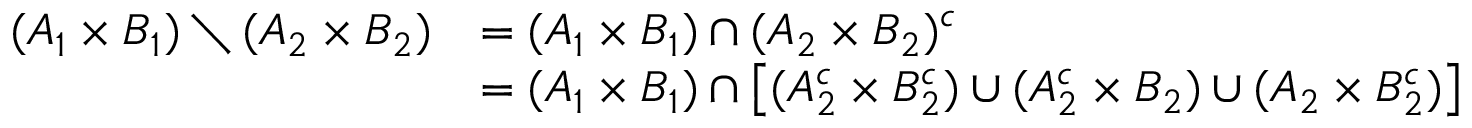
\begin{array} { r l } { ( A _ { 1 } \times B _ { 1 } ) \setminus ( A _ { 2 } \times B _ { 2 } ) } & { = ( A _ { 1 } \times B _ { 1 } ) \cap ( A _ { 2 } \times B _ { 2 } ) ^ { c } } \\ & { = ( A _ { 1 } \times B _ { 1 } ) \cap \left[ ( A _ { 2 } ^ { c } \times B _ { 2 } ^ { c } ) \cup ( A _ { 2 } ^ { c } \times B _ { 2 } ) \cup ( A _ { 2 } \times B _ { 2 } ^ { c } ) \right] } \end{array}